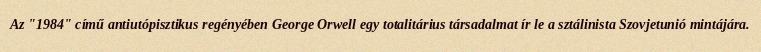
Az "1984" című antiutópisztikus regényében George Orwell egy totalitárius társadalmat ír le a sztálinista Szovjetunió mintájára.